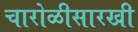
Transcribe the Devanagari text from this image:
चारोळीसारखी